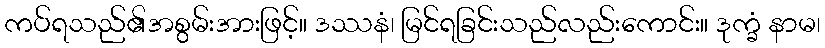
ကပ်ရသည်၏အစွမ်းအားဖြင့်။ ဒဿနံ၊ မြင်ရခြင်းသည်လည်းကောင်း။ ဒုက္ခံ နာမ၊